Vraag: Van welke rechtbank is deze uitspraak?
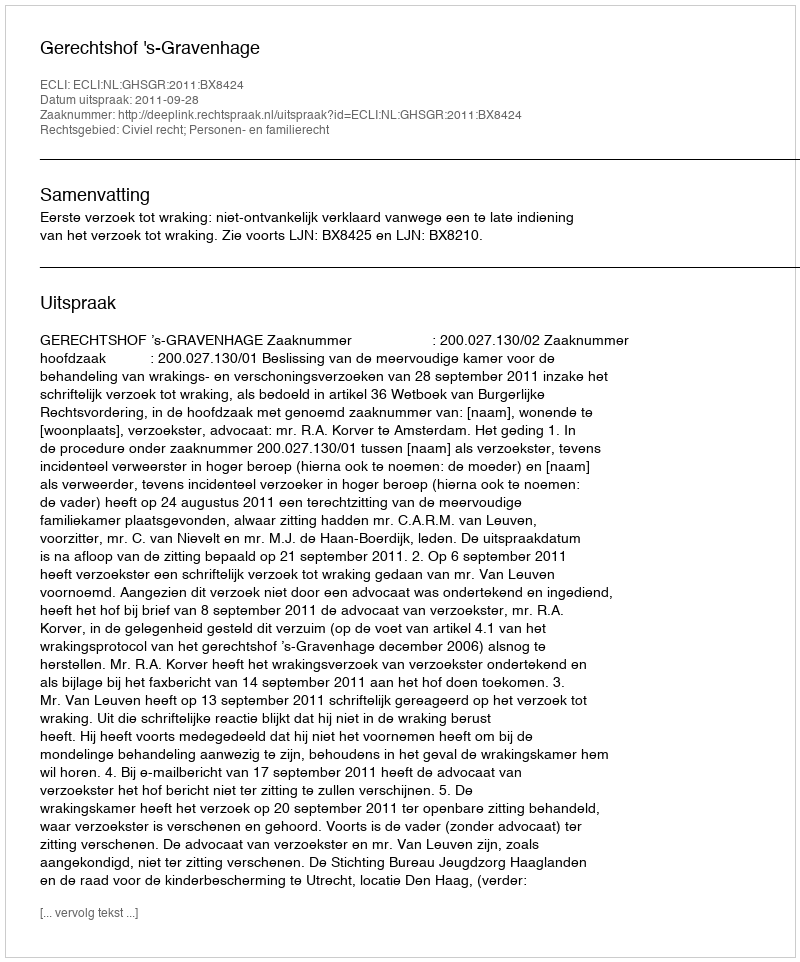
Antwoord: Gerechtshof 's-Gravenhage